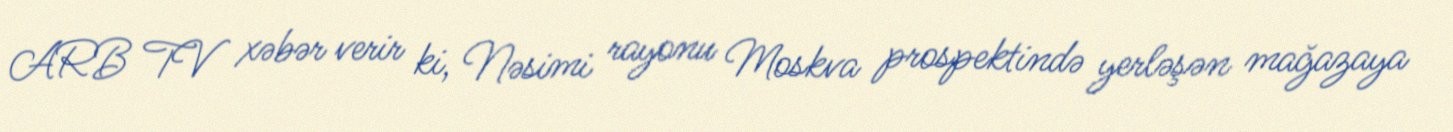
ARB TV xəbər verir ki, Nəsimi rayonu Moskva prospektində yerləşən mağazaya